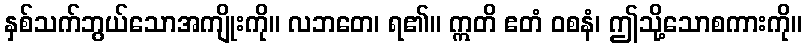
နှစ်သက်ဘွယ်သောအကျိုးကို။ လဘတေ၊ ရ၏။ ဣတိ ဧတံ ဝစနံ၊ ဤသို့သောစကားကို။